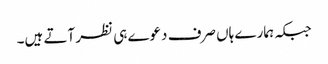
جبکہ ہمارے ہاں صرف دعوے ہی نظر آتے ہیں۔